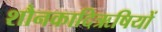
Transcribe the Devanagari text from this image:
शौनकादिऋषियों